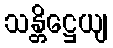
သန္တိဋ္ဌေယျ